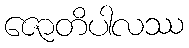
ဇောတိပါလဿ